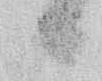
候